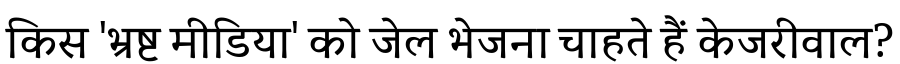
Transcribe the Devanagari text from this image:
किस 'भ्रष्ट मीडिया' को जेल भेजना चाहते हैं केजरीवाल?